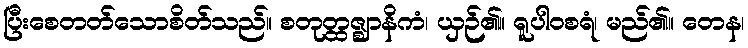
ပြီးစေတတ်သောစိတ်သည်။ စတုတ္ထဇ္ဈာနိကံ၊ ယှဉ်၏။ ရူပါဝစရံ၊ မည်၏။ တေန၊